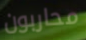
محاربون